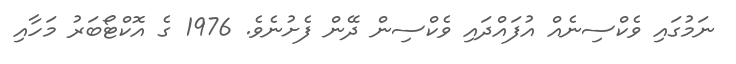
ނަމުގައި ވެކްސިނެއް އުފައްދައި ވެކްސިން ދޭން ފެށުނެވެ. 1976 ގެ އޮކްޓޯބަރު މަހާއި